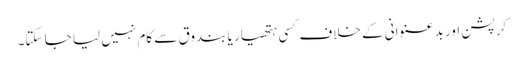
کرپشن اور بد عنوانی کے خلاف کسی ہتھیار یا بندوق سے کام نہیں لیا جا سکتا۔